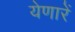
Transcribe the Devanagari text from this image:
येणारें